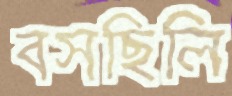
বসছিলি